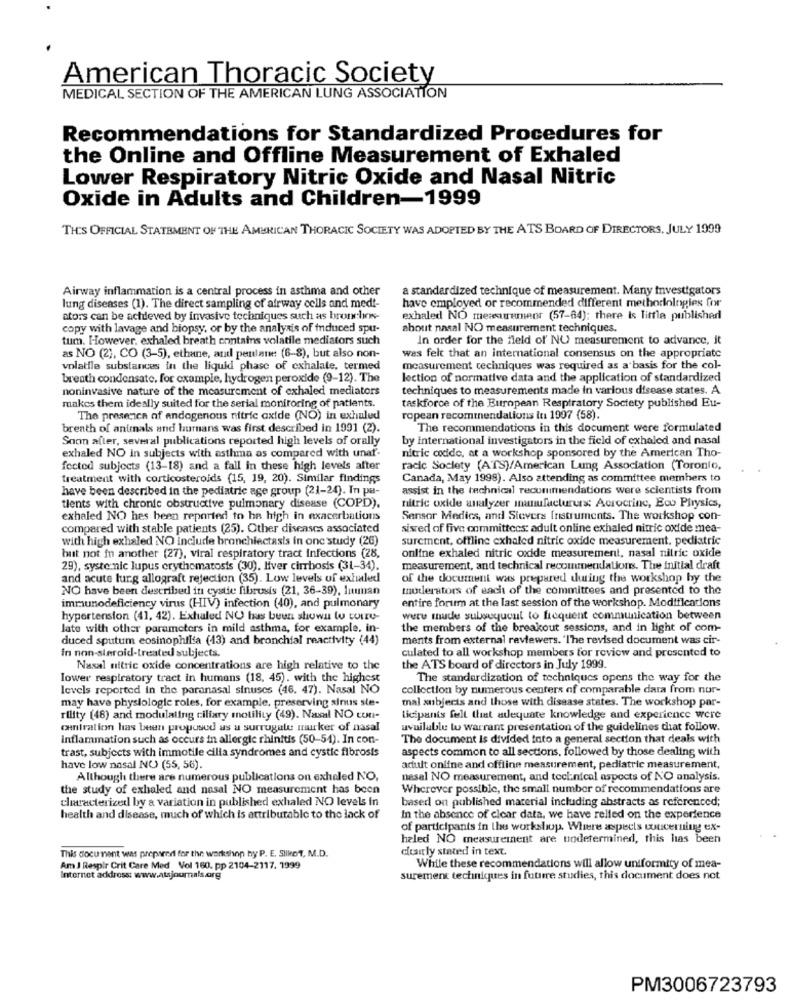
American Thoracic Society
MEDICAL SECTION OF THE AMERICAN LUNG ASSOCIATION
Recommendations for Standardized Procedures for
the Online and Offline Measurement of Exhaled
Lower Respiratory Nitric Oxide and Nasal Nitric
Oxide in Adults and Children-1999
TH'S OFFICIAL STATEMENT OF THE AMERICAN THORACIC SOCIETY WAS ADOPTED BY THE ATS BOARD OF DIRECTORS, JULY 1999
Airway inflammation is a central process in asthma and other
a standardized technique of measurement. Many investigators
have employed or recommended different methodologies for
lung diseases (1). The direct sampling of airway cells and med !-
ators can be achieved by invasive techniques such as bron:In-
exhaled NO mesuremenr (57-84); there is little publisherl
copy with lavage and biopsy, or by the analysis of induced spu-
about nasal NO measurement techniques.
tum. However, exhaled breath contains volatile mediators such
In order for the field of NO measurement to advance, it
as NO (2), CO (3-5), ethane, andl penlame: (6-8), but also non-
was felt that an international consensus on the appropriate
volatile substances in the liquid phase of cxhalate, termed
measurement techniques was required as a basis for the col-
breath condensate, for example, hydrogen peroxide (9-12). The
lection of normative data and the application of standardized
noninvasive nature of the measurement of exhaled mediators
techniques to measurements made in various disease states. A
makes them ideally suited for the serial monitoring of patients.
taskforce of the European Respiratory Society published Eu-
The presence of endogenous nitric oxide (NO) in exhulud
ropean recommendations lu 1997 (58).
breath of animals and hurnans was first described in 1991 (2).
The recommendations in this document were formulated
Soon after, several publications reported high levels of orally
by international investigators in the field of exhaled and nasal
nitric codide, at a workshop sponsored by the American Tho-
exhaled NO in subjects with asthma as compared with unaf.
fected subjects (13-18) and a fall in these high levels after
racic Society (ATS)/American Lung Association (Toronto,
treatment with corticosteroids (15, 19, 20). Similar findings
Canada, May 1998). Also attending as committee members to
have been described in the pediatric age group (21-24). In pa-
assist in the technical recommendations were scientists from
tients with chronic obstructive pulmonary disease (COPD).
nitric oxide analyzer manufacturux: Acrocrinc, Eco Physics,
exhaled NO hes been reported to be high in exacerbations
Sensor Medics, and Sievers Instruments. The workshop con-
compared with stable patients (25). Other diseases associated
sisred of five committees: adult online exhaled nitric oxide mea-
with high exhaled NO include bronchiectasis in one study (26)
surement, offline exhaled nitric oxide measurement. pediatric
but not in another (27), viral respiratory tract Infections (28,
online exhaled nitric oxide measurement, nasal nitric oxide
29), syste nic lupus erythematosis (30). liver cirrhosis (31-34).
measurement, and technical recommendations. The initial draft
and acute lurg allograft rejection (35). Low levels of exhiled
of the document was prepared during the workshop by the
NO have been described in cyste fibrusis (21, 36-39), Inunan
moderators of each of the committees and presented to the
entire forum at the last session of the workshop. Modifications
immunodeficiency virus (HIV) infection (40), and pulmonary
hypertension (41, 42). Exhaled NO has been shown to curry-
were made subsuyucut to frequent communication between
late with other parameters in mild asthma, for example. in-
the members of the breakout sessions, and in light of com-
duced sputum eosinophilsa (13) and bronchial reactivity (44)
ments from external reviewers. "The revised document was cir-
in non-steroid-treated subjects.
culated to all workshop members for review and presented to
Nasal nitric oxide concentrations are high relative to the
the ATS board of directors in July 1999.
lower respiratory tract in humans (18. 45). with the highest
The standardization of techniques opens the way for the
levels reported in the paranasal sinuses (46. 47). Nasal NO
collection by numerous centers of comparable dara from nur-
may have physiologie roles, for example, preserving sinus sle-
mal subjects and those with disease states. The workshop par-
rility (48) and modulating ciliary motility (49). Nasal NO cut-
licipants felt that adequate knowledge and experience were
caniration has been proposed as a surrogate murker of nasal
available tu warrant presentation of the guidelines that follow.
Inflammation such as occurs in allergic rhinitis (50-51). In con-
The document Is divided into a general section that deals with
trast, subjects with immotile cilla syndromes and cystic fibrosis
aspects common to all sections, followed by those dealing with
have low nasal NO (55, 56).
adult online and offline measurement, pediatric measurement,
Although there are numerous publications on exhaled NO,
nasal NO measurement, and toclinical aspects of NO analysis.
the study of exhaled and nasal NO measurement has been
Wherever possible, the small number of recommendations are
clearacterized by a variation in published exhaled NO levels in
based on published material including abstracts as referenced;
health and disease, much of which is attributable to the lack of
In the absence of clear data, we have relied on the experience
of participants in the workshop. Where aspects woucerning ex-
heled NO measurement are undetermined, this has been
eltairly stated in text.
This document was prepared for the workshop hy P. E. Slikof, M.D.
Am J Respir Crit Care Med Vol 160. pp 2104-2117. 1999
While these recommendations will allow uniformity of mea-
Internet address: www.atsjournals.org
surement techniques in future studies, this document does not
PM3006723793